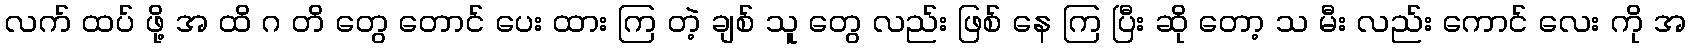
လက် ထပ် ဖို့ အ ထိ ဂ တိ တွေ တောင် ပေး ထား ကြ တဲ့ ချစ် သူ တွေ လည်း ဖြစ် နေ ကြ ပြီး ဆို တော့ သ မီး လည်း ကောင် လေး ကို အ